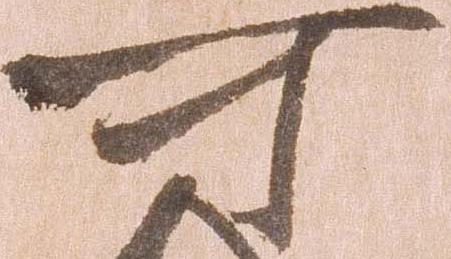
可